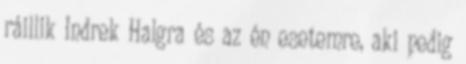
ráillik Indrek Halgra és az én esetemre, aki pedig